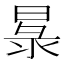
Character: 𭦧